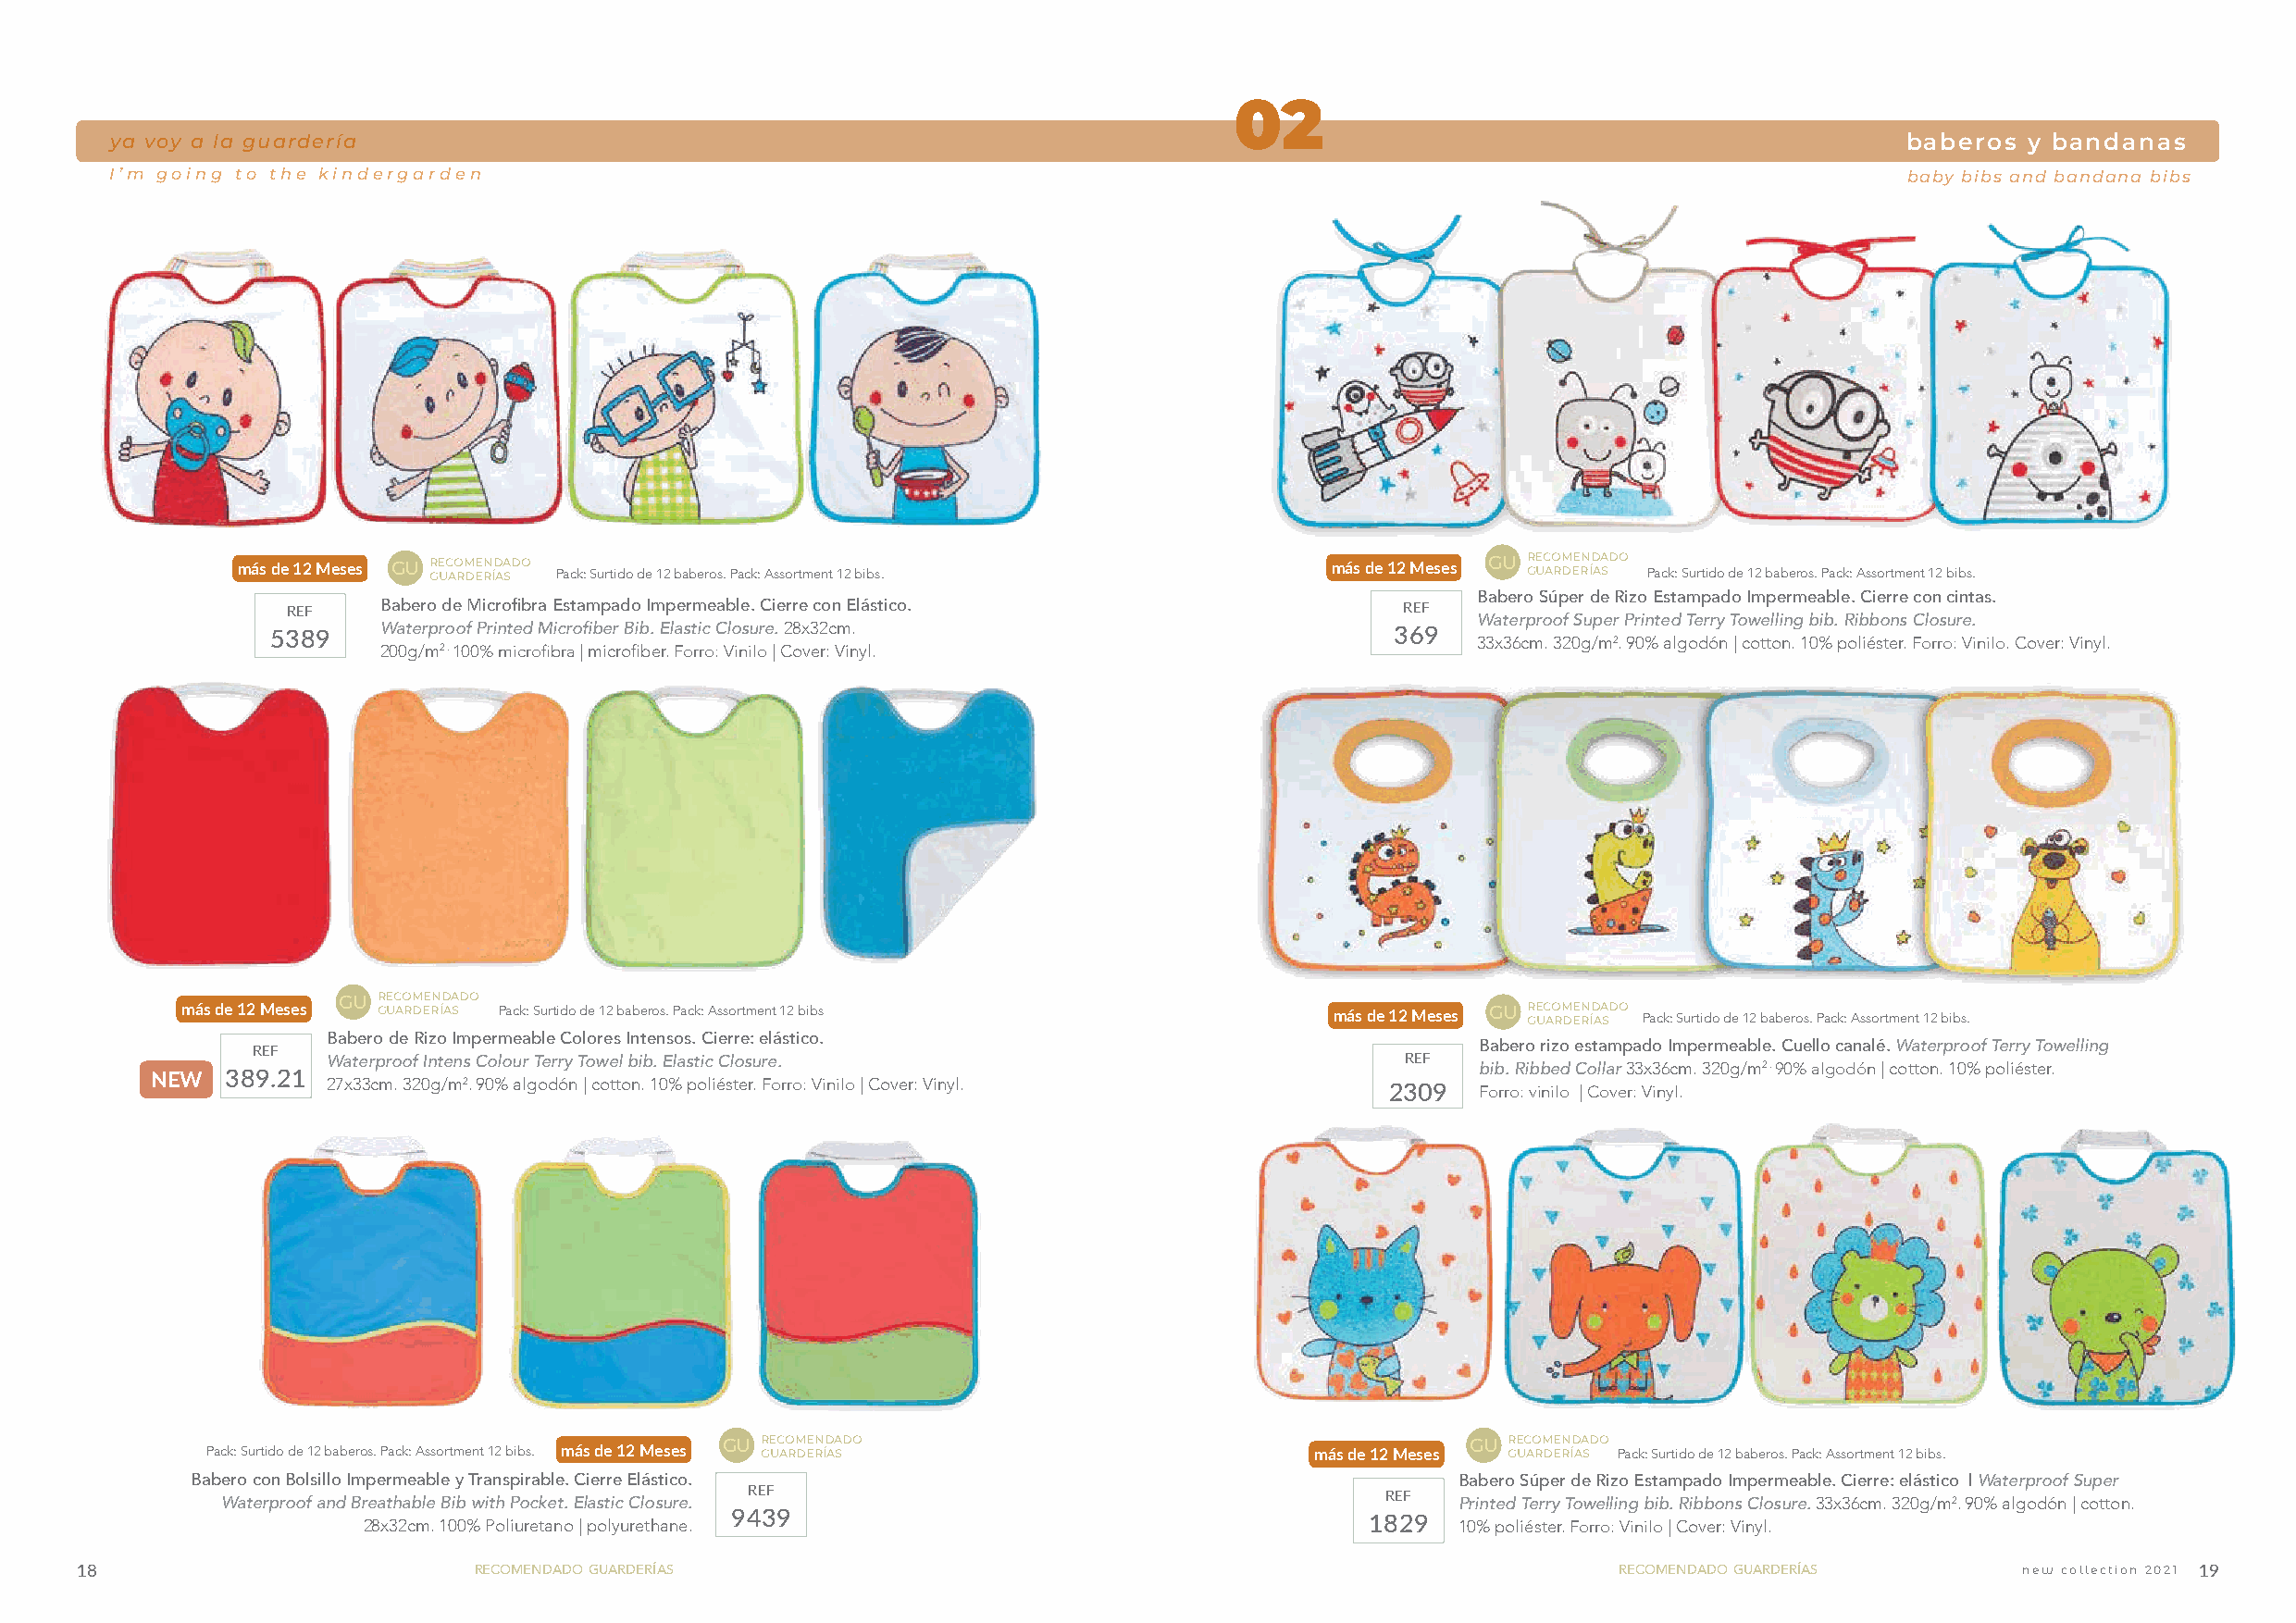
02
 ya voy a la guardería                                                                                                           baberos  y bandanas
 I’m going to the kindergarden                                                                                                   baby bibs and bandana bibs
 más de 12 Meses GU r ge uc ao rm dee rn íd aa sdo Pack: Surtido de 12 baberos. Pack: Assortment 12 bibs. más de 12 Meses GU r ge uc ao rm dee rn íd aa sdo Pack: Surtido de 12 baberos. Pack: Assortment 12 bibs.
 Babero Súper de Rizo Estampado Impermeable. Cierre con cintas.
 REF   Babero de Microfibra Estampado Impermeable. Cierre con Elástico.         REF
 Waterproof Super Printed Terry Towelling bib. Ribbons Closure.
 5389    Waterproof Printed Microfiber Bib. Elastic Closure. 28x32cm.             369
 33x36cm. 320g/m2. 90% algodón | cotton. 10% poliéster. Forro: Vinilo. Cover: Vinyl.
 200g/m2 . 100% microfibra | microfiber. Forro: Vinilo | Cover: Vinyl.
 más de 12 Meses GU r ge uc ao rm dee rn íd aa sdo Pack: Surtido de 12 baberos. Pack: Assortment 12 bibs más de 12 Meses GU r ge uc ao rm dee rn íd aa sdo Pack: Surtido de 12 baberos. Pack: Assortment 12 bibs.
 REF  Babero de Rizo Impermeable Colores Intensos. Cierre: elástico.                     Babero rizo estampado Impermeable. Cuello canalé. Waterproof Terry Towelling
 Waterproof Intens Colour Terry Towel bib. Elastic Closure.                   REF
 bib. Ribbed Collar 33x36cm. 320g/m2 . 90% algodón | cotton. 10% poliéster.
 NEW  389.21 27x33cm. 320g/m2. 90% algodón | cotton. 10% poliéster. Forro: Vinilo | Cover: Vinyl. 2309 Forro: vinilo | Cover: Vinyl.
 GU recomendado                                       GU recomendado
 Pack: Surtido de 12 baberos. Pack: Assortment 12 bibs. más de 12 Meses guarderías más de 12 Meses guarderías Pack: Surtido de 12 baberos. Pack: Assortment 12 bibs.
 Babero con Bolsillo Impermeable y Transpirable. Cierre Elástico.                          Babero Súper de Rizo Estampado Impermeable. Cierre: elástico | Waterproof Super
 Waterproof and Breathable Bib with Pocket. Elastic Closure. REF                    REF  Printed Terry Towelling bib. Ribbons Closure. 33x36cm. 320g/m2. 90% algodón | cotton.
 28x32cm. 100% Poliuretano | polyurethane. 9439                          1829  10% poliéster. Forro: Vinilo | Cover: Vinyl.
 18                           recomendado guarderías                                                            recomendado guarderías       new collection 2021 19